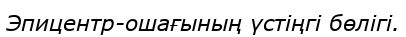
Эпицентр-ошағының үстіңгі бөлігі.